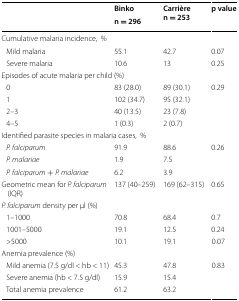
<table><thead><tr><td rowspan="2"></td><td><b>Binko</b></td><td rowspan="2"><b>Carrière n = 253</b></td><td rowspan="2"><b>p value</b></td></tr><tr><td><b>n = 296</b></td></tr></thead><tbody><tr><td colspan="4">Cumulative malaria incidence,%</td></tr><tr><td> Mild malaria</td><td>55.1</td><td>42.7</td><td>0.07</td></tr><tr><td> Severe malaria</td><td>10.6</td><td>13</td><td>0.25</td></tr><tr><td colspan="4">Episodes of acute malaria per child (%)</td></tr><tr><td> 0</td><td>83 (28.0)</td><td>89 (30.1)</td><td rowspan="4">0.29</td></tr><tr><td> 1</td><td>102 (34.7)</td><td>95 (32.1)</td></tr><tr><td> 2–3</td><td>40 (13.5)</td><td>23 (7.8)</td></tr><tr><td> 4–5</td><td>1 (0.3)</td><td>2 (0.7)</td></tr><tr><td colspan="4">Identified parasite species in malaria cases,%</td></tr><tr><td> <i>P. falciparum</i></td><td>91.9</td><td>88.6</td><td rowspan="3">0.26</td></tr><tr><td> <i>P. malariae</i></td><td>1.9</td><td>7.5</td></tr><tr><td> <i>P. falciparum</i> + <i>P. malariae</i></td><td>6.2</td><td>3.9</td></tr><tr><td>Geometric mean for <i>P. falciparum</i> (IQR)</td><td>137 (40–259)</td><td>169 (62–315)</td><td>0.65</td></tr><tr><td colspan="4"><i>P. falciparum</i> density per μl (%) </td></tr><tr><td> 1–1000</td><td>70.8</td><td>68.4</td><td>0.7</td></tr><tr><td> 1001–5000</td><td>19.1</td><td>12.5</td><td>0.24</td></tr><tr><td> &gt;5000</td><td>10.1</td><td>19.1</td><td>0.07</td></tr><tr><td colspan="4">Anemia prevalence (%)</td></tr><tr><td> Mild anemia (7.5 g/dl &lt; hb &lt; 11)</td><td>45.3</td><td>47.8</td><td rowspan="3">0.83</td></tr><tr><td> Severe anemia (hb &lt; 7.5 g/dl)</td><td>15.9</td><td>15.4</td></tr><tr><td> Total anemia prevalence</td><td>61.2</td><td>63.2</td></tr></tbody></table>